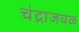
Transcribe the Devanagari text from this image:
चंद्राजवळ